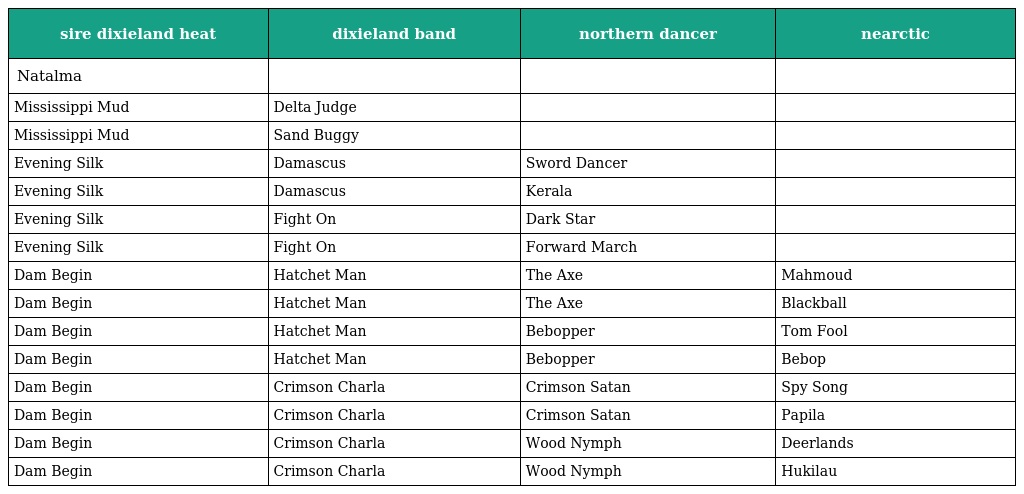
| sire dixieland heat | dixieland band | northern dancer | nearctic |
 | --- | --- | --- | --- |
 | Natalma |  |  |  |
 | Mississippi Mud | Delta Judge |  |  |
 | Mississippi Mud | Sand Buggy |  |  |
 | Evening Silk | Damascus | Sword Dancer |  |
 | Evening Silk | Damascus | Kerala |  |
 | Evening Silk | Fight On | Dark Star |  |
 | Evening Silk | Fight On | Forward March |  |
 | Dam Begin | Hatchet Man | The Axe | Mahmoud |
 | Dam Begin | Hatchet Man | The Axe | Blackball |
 | Dam Begin | Hatchet Man | Bebopper | Tom Fool |
 | Dam Begin | Hatchet Man | Bebopper | Bebop |
 | Dam Begin | Crimson Charla | Crimson Satan | Spy Song |
 | Dam Begin | Crimson Charla | Crimson Satan | Papila |
 | Dam Begin | Crimson Charla | Wood Nymph | Deerlands |
 | Dam Begin | Crimson Charla | Wood Nymph | Hukilau |